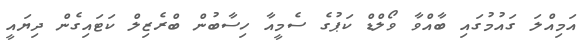
އަމިއްލަ ގައުމުގައި ބާއްވާ ވޯލްޑް ކަޕުގެ ސެމީއާ ހިސާބުން ބްރެޒިލް ކަޓައިގެން ދިޔައީ